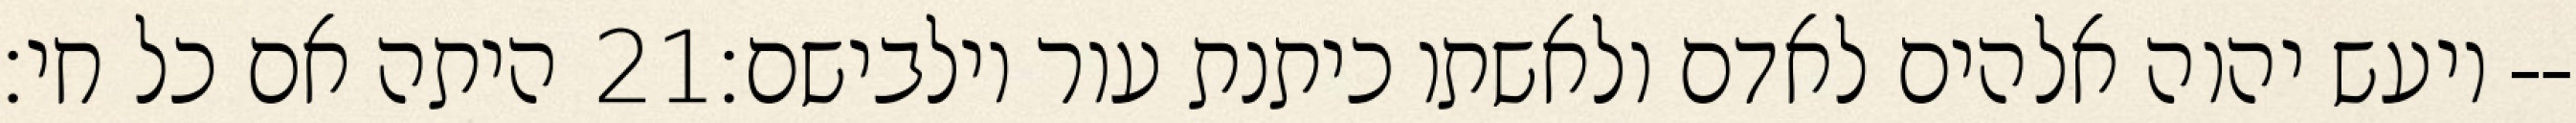
היתה אם כל חי׃ ‎21‏ ויעש יהוה אלהים לאדם ולאשתו כיתנת עור וילבישם׃--